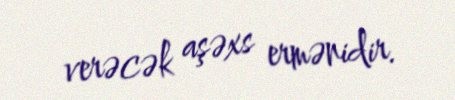
verəcək aşəxs ermənidir.